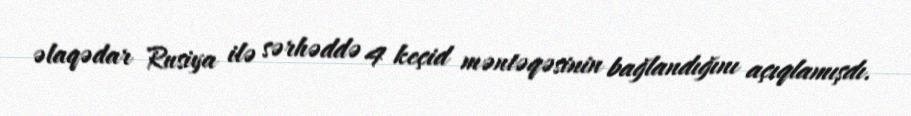
əlaqədar Rusiya ilə sərhəddə 4 keçid məntəqəsinin bağlandığını açıqlamışdı.